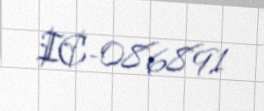
IC-086891